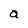
Character: a